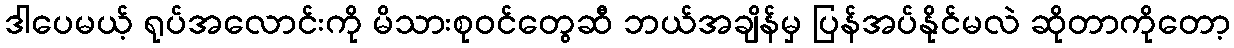
ဒါပေမယ့် ရုပ်အလောင်းကို မိသားစုဝင်တွေဆီ ဘယ်အချိန်မှ ပြန်အပ်နိုင်မလဲ ဆိုတာကိုတော့